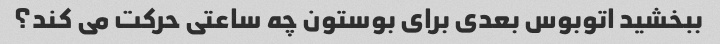
ببخشید اتوبوس بعدی برای بوستون چه ساعتی حرکت می کند؟